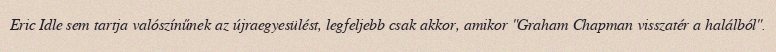
Eric Idle sem tartja valószínűnek az újraegyesülést, legfeljebb csak akkor, amikor "Graham Chapman visszatér a halálból".